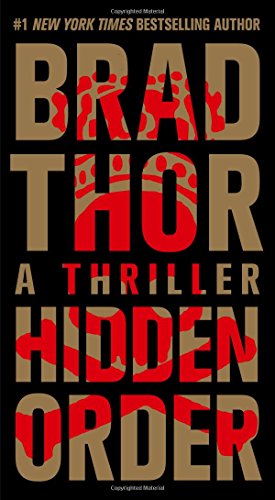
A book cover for Hidden Order: A Thriller (The Scot Harvath Series); Brad Thor; Mystery, Thriller & Suspense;